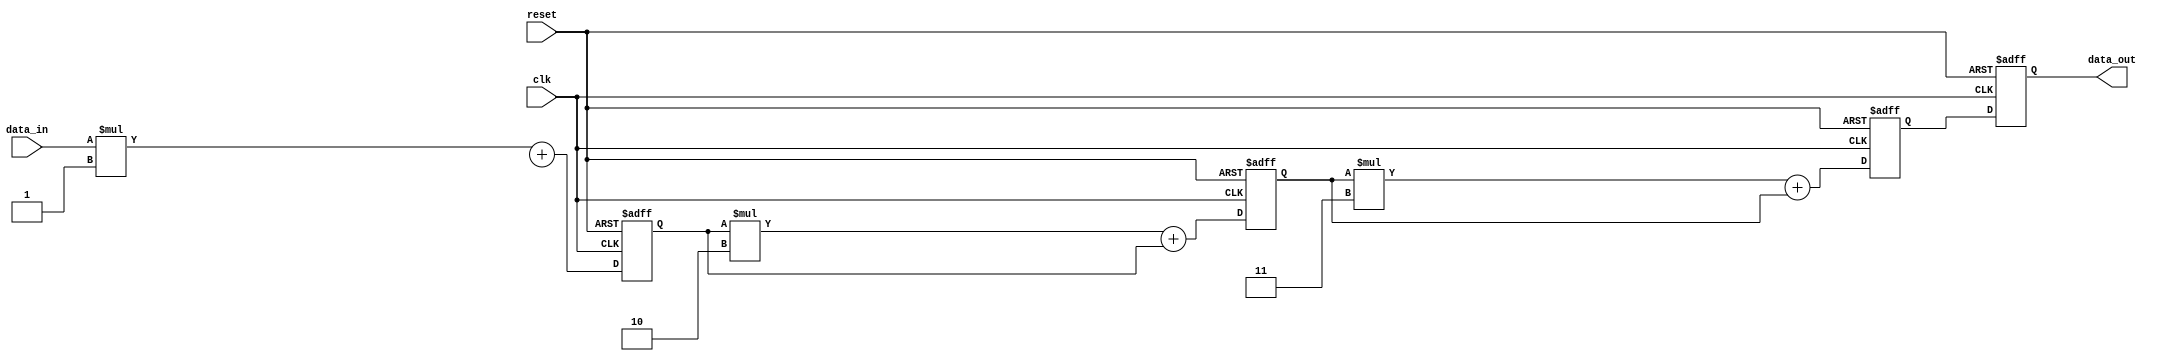
module IIR_filter(
    input wire clk,
    input wire reset,
    input wire [15:0] data_in,
    output reg [15:0] data_out
);

reg [15:0] prev_output;
reg [15:0] stage1_out, stage2_out, stage3_out;

wire [15:0] mult1_out, mult2_out, mult3_out;

// Filter coefficients
parameter coeff1 = 8'b00000001;
parameter coeff2 = 8'b00000010;
parameter coeff3 = 8'b00000011;

// Stage 1
assign mult1_out = data_in * coeff1;
always @(posedge clk or posedge reset) begin
    if (reset) stage1_out <= 16'b0;
    else stage1_out <= mult1_out + prev_output;
end

// Stage 2
assign mult2_out = stage1_out * coeff2;
always @(posedge clk or posedge reset) begin
    if (reset) stage2_out <= 16'b0;
    else stage2_out <= mult2_out + stage1_out;
end

// Stage 3
assign mult3_out = stage2_out * coeff3;
always @(posedge clk or posedge reset) begin
    if (reset) stage3_out <= 16'b0;
    else stage3_out <= mult3_out + stage2_out;
end

// Accumulate output
always @(posedge clk or posedge reset) begin
    if (reset) data_out <= 16'b0;
    else data_out <= stage3_out;
end

endmodule